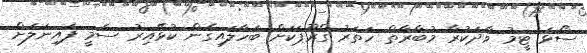
ސޯޅަ ޓީމު ވާދަކުރާ މުބާރާތް ހަތަރު ގްރޫޕަކަށް ބަހާލައިގެން ކުޅޭއިރު ސެމީ ފައިނަލަށް